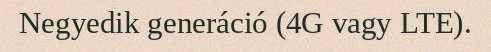
Negyedik generáció (4G vagy LTE).